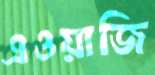
এওয়াজি